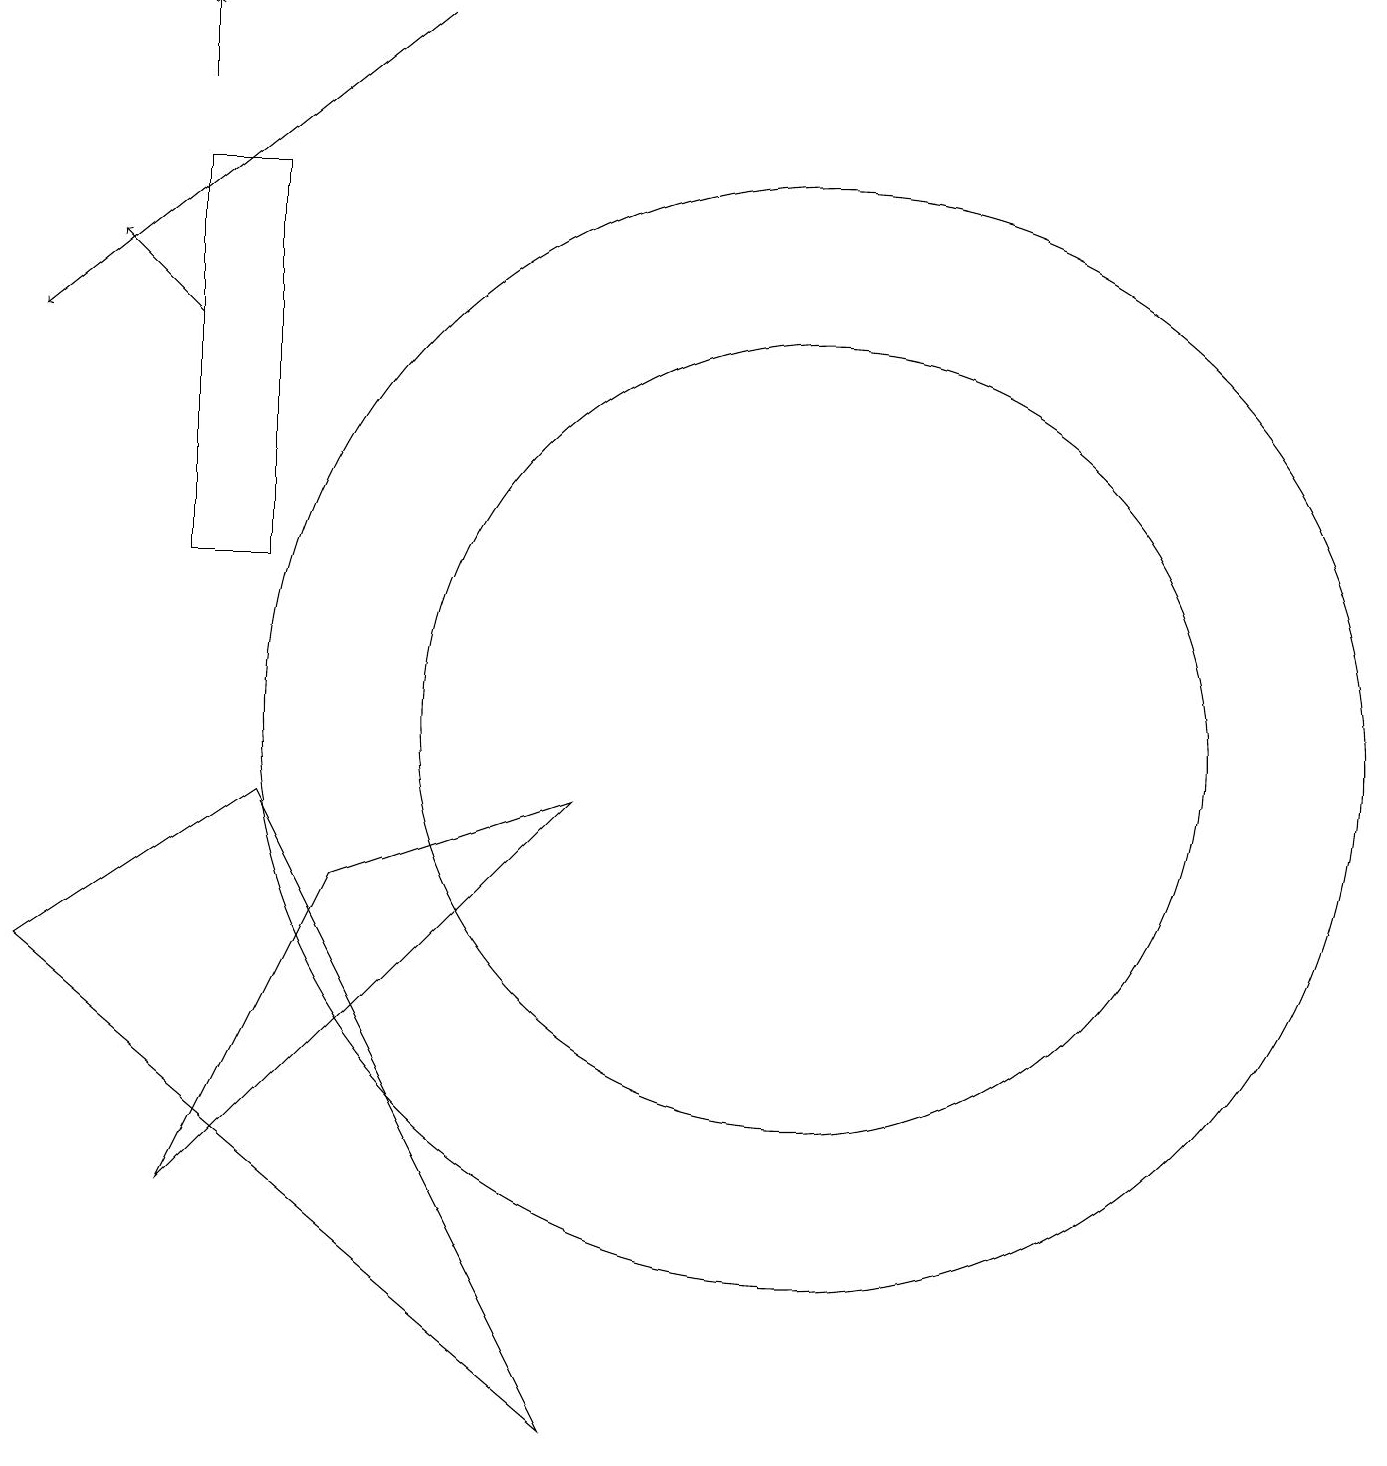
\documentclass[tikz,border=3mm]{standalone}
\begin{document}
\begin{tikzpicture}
\draw (12,10) circle (7);
\draw (5,17) rectangle (4,12);
\draw (9,9) -- (4,4) -- (6,8) -- cycle;
\draw[->] (4,18) -- (4,19);
\draw (12,10) circle (5);
\draw[->] (7,19) -- (2,15);
\draw (9,1) -- (2,7) -- (5,9) -- cycle;
\draw[->] (4,15) -- (3,16);
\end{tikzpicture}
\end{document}